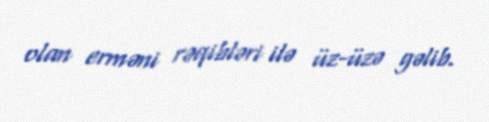
olan erməni rəqibləri ilə üz-üzə gəlib.